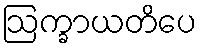
ဩက္ခာယတိပေ